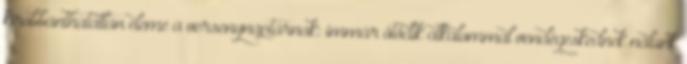
kirobbanthatatlan eleme a versenynaptárnak: immár ötödik alkalommal vendégeskednek nálunk